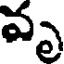
వృ